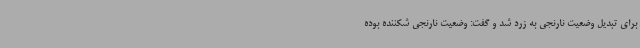
برای تبدیل وضعیت نارنجی به زرد شد و گفت: وضعیت نارنجی شکننده بوده